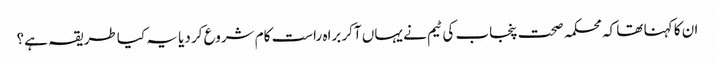
ان کا کہنا تھا کہ محکمہ صحت پنجاب کی ٹیم نے یہاں آکر براہ راست کام شروع کر دیا یہ کیا طریقہ ہے؟